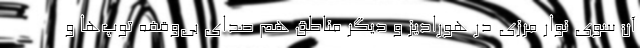
آن سوی نوار مرزی در هورادیز و دیگر مناطق هم صدای بی‌وقفه توپ‌ها و